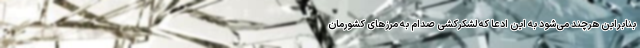
بنابراین هرچند می‌شود به این ادعا که لشکرکشی صدام به مرزهای کشورمان